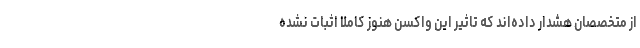
از متخصصان هشدار داده‌اند که تاثیر این واکسن هنوز کاملا اثبات نشده